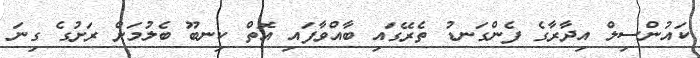
ކައުންސިލް އިދާރާގެ ފެންގަނޑު ތެރޭގައި ބާއްވާފައި އޮތް ކިނބޫ ބެލުމަށް ރަށުގެ ގިނަ